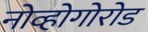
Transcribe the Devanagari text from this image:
नोव्होगोरोड